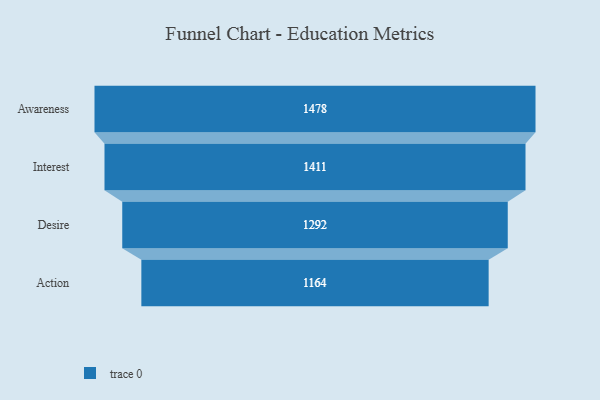
{"axis": {"x": "Stage", "y": "Value"}, "legend": [""], "data": [{"x": "Awareness", "y": 1478.0, "type": ""}, {"x": "Interest", "y": 1411.0, "type": ""}, {"x": "Desire", "y": 1292.0, "type": ""}, {"x": "Action", "y": 1164.0, "type": ""}]}